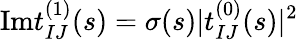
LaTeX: \mathrm{Im}t_{IJ}^{(1)}(s)=\sigma(s)\vert t_{IJ}^{(0)}(s)\vert^{2}